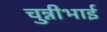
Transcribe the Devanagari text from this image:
चुन्नीभाई